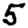
Digit: 5